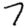
Digit: 7